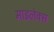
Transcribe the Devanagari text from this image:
माइलेक्स